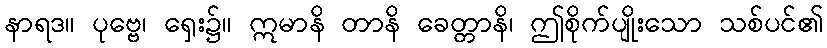
နာရဒ။ ပုဗ္ဗေ၊ ရှေး၌။ ဣမာနိ တာနိ ခေတ္တာနိ၊ ဤစိုက်ပျိုးသော သစ်ပင်၏